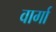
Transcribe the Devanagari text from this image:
वार्गा